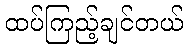
ထပ်ကြည့်ချင်တယ်